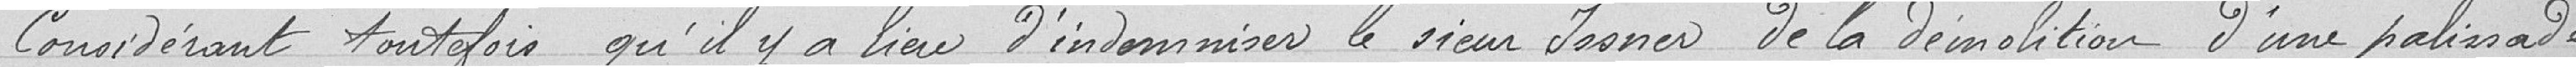
Considérant toutefois, qu'il y a lieu d'indemniser le sieur ISSNER de la démolition d'une palissade